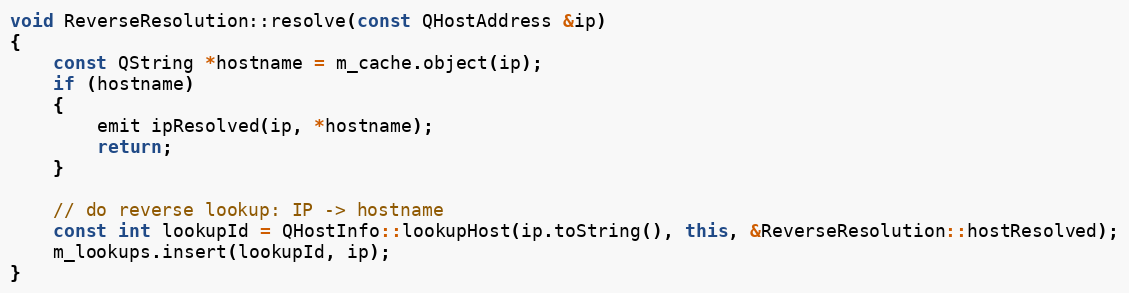
Language: C++
void ReverseResolution::resolve(const QHostAddress &ip)
{
    const QString *hostname = m_cache.object(ip);
    if (hostname)
    {
        emit ipResolved(ip, *hostname);
        return;
    }

    // do reverse lookup: IP -> hostname
    const int lookupId = QHostInfo::lookupHost(ip.toString(), this, &ReverseResolution::hostResolved);
    m_lookups.insert(lookupId, ip);
}